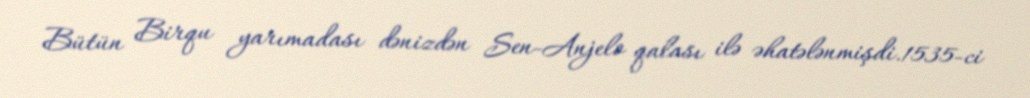
Bütün Birqu yarımadası dənizdən Sen-Anjelo qalası ilə əhatələnmişdi.1535-ci